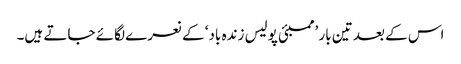
اس کے بعد تین بار ’ممبئی پولیس زندہ باد‘ کے نعرے لگائے جاتے ہیں۔